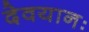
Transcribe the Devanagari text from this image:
देवयानः